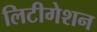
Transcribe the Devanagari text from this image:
लिटीगेशन